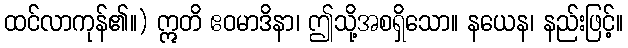
ထင်လာကုန်၏။) ဣတိ ဧဝမာဒိနာ၊ ဤသို့အစရှိသော။ နယေန၊ နည်းဖြင့်။